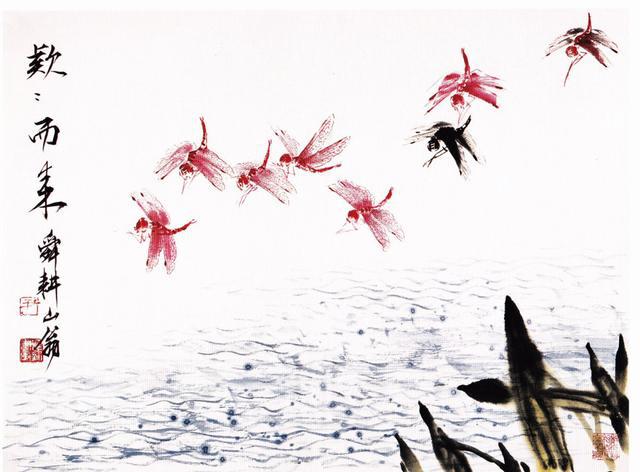
春风不解禁杨花，蒙蒙乱扑行人面。